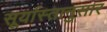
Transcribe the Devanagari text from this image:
सूर्यास्तानुसार